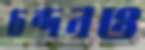
চন্দনও